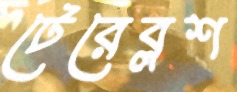
টেরেব্লশ